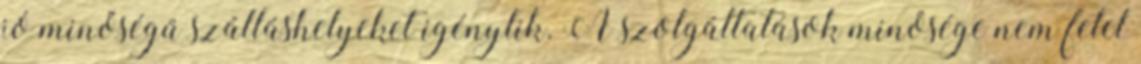
jó minőségű szálláshelyeket igénylik. A szolgáltatások minősége nem felel